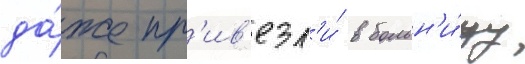
да́же пр'ив'езл'и́ в больн'и́цу